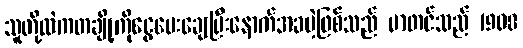
သူတို့ထဲကတချို့ကိုငွေပေးချေပြီးနောက်အခမဲ့ဖြစ်သည် မာတင်သည် 1908